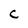
Character: C